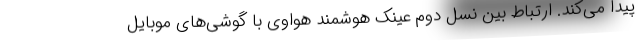
پیدا می‌کند. ارتباط بین نسل دوم عینک هوشمند هواوی با گوشی‌های موبایل